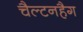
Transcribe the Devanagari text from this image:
चैल्टनहैग